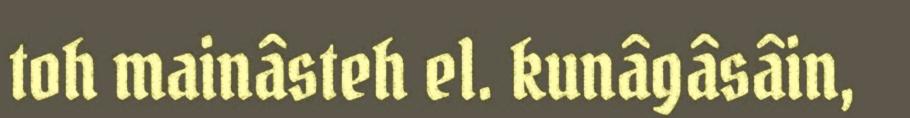
toh mainâsteh el. kunâgâsâin,